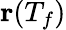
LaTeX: \textbf{r}(T_{f})